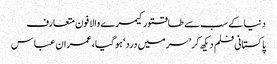
دنیا کے سب سے طاقتورکیمرے والا فون متعارف
پاکستانی فلم دیکھ کر ’سر میں درد‘ ہوگیا، عمران عباس